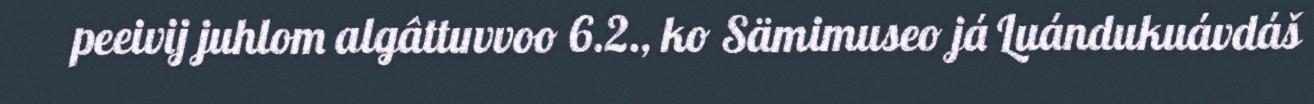
peeivij juhlom algâttuvvoo 6.2., ko Sämimuseo já Luándukuávdáš